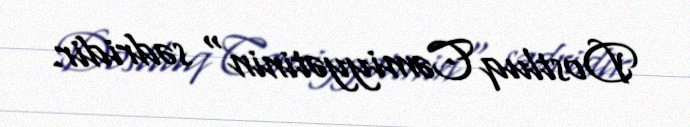
Dostluq Cəmiyyətinin" sədridir.